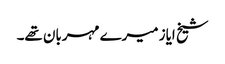
شیخ ایاز میرے مہربان تھے۔